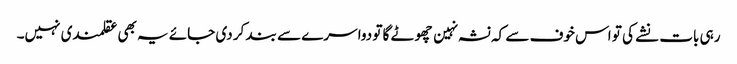
رہی بات نشے کی تو اس خوف سے کہ نشہ نہین چھوٹے گا تو دوا سرے سے بند کر دی جائے یہ بھی عقلمندی نہیں۔